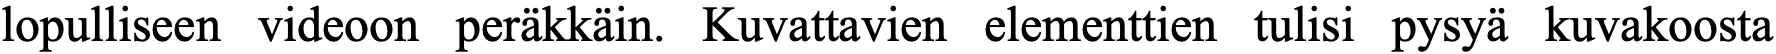
lopulliseen videoon peräkkäin. Kuvattavien elementtien tulisi pysyä kuvakoosta